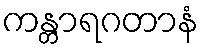
ကန္တာရဂတာနံ